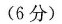
(6分)